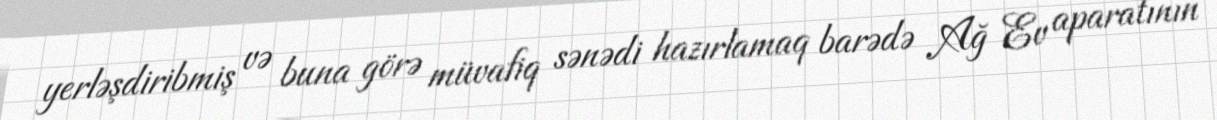
yerləşdiribmiş və buna görə müvafiq sənədi hazırlamaq barədə Ağ Ev aparatının